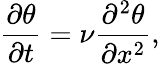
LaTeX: \frac{\partial\theta}{\partial t}=\nu\frac{\partial^{2}\theta}{\partial x^{2}},